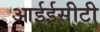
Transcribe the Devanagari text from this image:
आईईसीटी